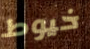
خيوط